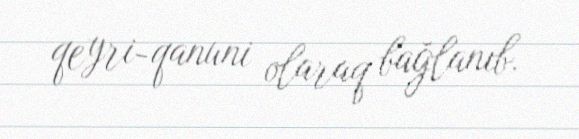
qeyri-qanuni olaraq bağlanıb.